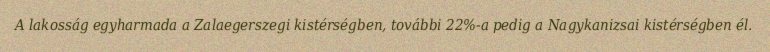
A lakosság egyharmada a Zalaegerszegi kistérségben, további 22%-a pedig a Nagykanizsai kistérségben él.